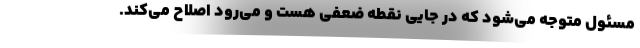
مسئول متوجه می‌شود که در جایی نقطه ضعفی هست و می‌رود اصلاح می‌کند.